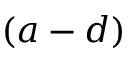
( a - d )